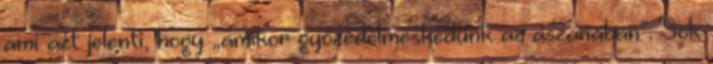
ami azt jelenti, hogy „amikor győzedelmeskedünk az ászanában”. Sok